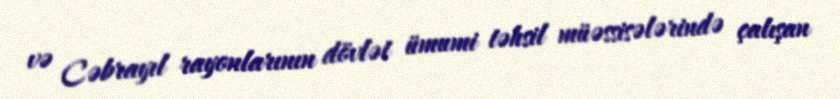
və Cəbrayıl rayonlarının dövlət ümumi təhsil müəssisələrində çalışan